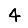
Digit: 4